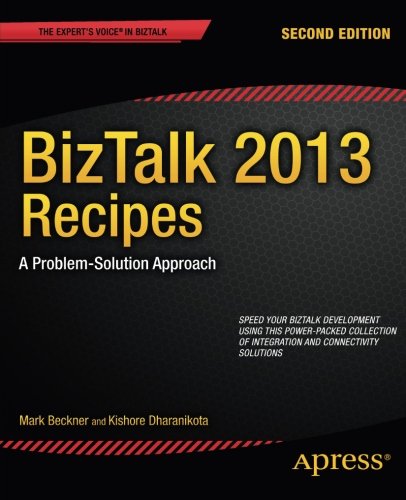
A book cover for BizTalk 2013 Recipes: A Problem-Solution Approach (Expert's Voice in BizTalk); Mark Beckner; Computers & Technology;